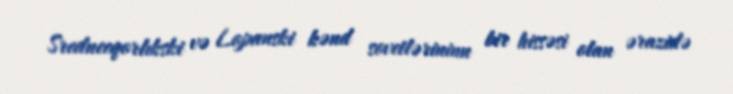
Sredneeqorlıkski və Lopanski kənd sovetlərininn bir hissəsi olan ərazidə